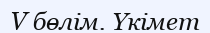
V бөлім. Үкімет